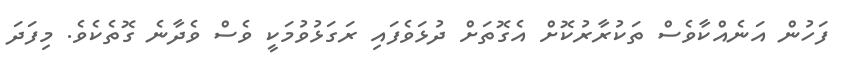
ފަހުން އަނެއްކާވެސް ތަކުރާރުކޮށް އެގޮތަށް ދުޅަވެފައި ރަގަޅުވުމަކީ ވެސް ވެދާނެ ގޮތެކެވެ. މިފަދަ